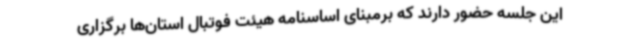
این جلسه حضور دارند که برمبنای اساسنامه هیئت فوتبال استان‌ها برگزاری